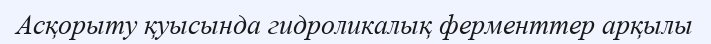
Асқорыту қуысында гидроликалық ферменттер арқылы